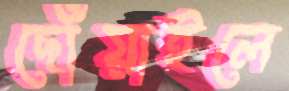
ছোঁয়াইলে